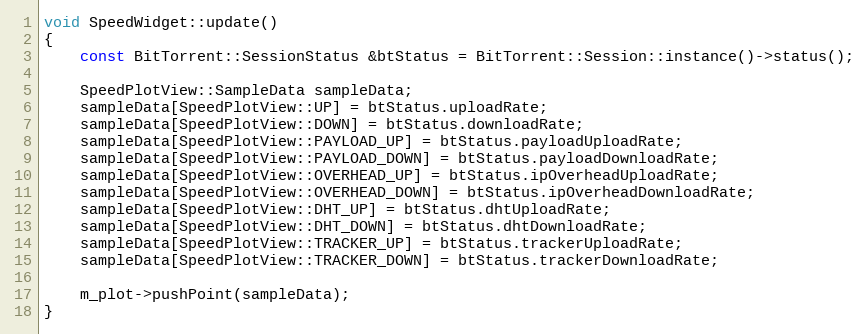
Language: C++
void SpeedWidget::update()
{
    const BitTorrent::SessionStatus &btStatus = BitTorrent::Session::instance()->status();

    SpeedPlotView::SampleData sampleData;
    sampleData[SpeedPlotView::UP] = btStatus.uploadRate;
    sampleData[SpeedPlotView::DOWN] = btStatus.downloadRate;
    sampleData[SpeedPlotView::PAYLOAD_UP] = btStatus.payloadUploadRate;
    sampleData[SpeedPlotView::PAYLOAD_DOWN] = btStatus.payloadDownloadRate;
    sampleData[SpeedPlotView::OVERHEAD_UP] = btStatus.ipOverheadUploadRate;
    sampleData[SpeedPlotView::OVERHEAD_DOWN] = btStatus.ipOverheadDownloadRate;
    sampleData[SpeedPlotView::DHT_UP] = btStatus.dhtUploadRate;
    sampleData[SpeedPlotView::DHT_DOWN] = btStatus.dhtDownloadRate;
    sampleData[SpeedPlotView::TRACKER_UP] = btStatus.trackerUploadRate;
    sampleData[SpeedPlotView::TRACKER_DOWN] = btStatus.trackerDownloadRate;

    m_plot->pushPoint(sampleData);
}